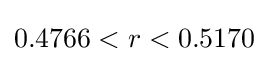
0.4766<r<0.5170\,\!